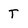
Character: T